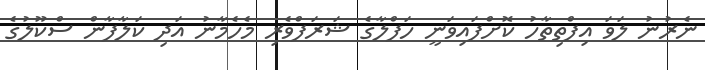
ނެރުނު ލަވަ އިފްތިތާހު ކޮށްފައިވަނީ ހަފްލާގެ ޝަރަފްވެރި މެހެމާނު އަދި ކަލާފާން ސްކޫލުގެ